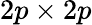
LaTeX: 2p\times 2p